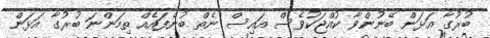
ބުރުގާ އަޅަން ބޭނުންވާ ކުއްޖަކުވެސް އައިސް ނެތް ބުނެފައެއް ތިމަންނަ ބުރުގާ އަޅަން